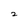
Character: 2